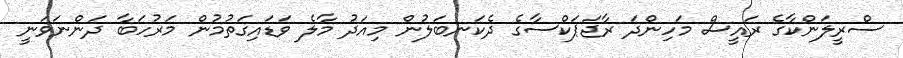
ސްރީލަންކާގެ ރައީސް މަހިންދަ ރާޖަޕަކްސާގެ ދެކަނބަލުން މިއަދު މާލެ ވަޑައިގަތުމުން މަރުހަބާ ދަންނަވަނީ